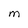
Character: m